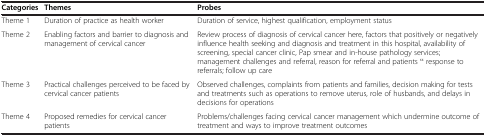
<table><thead><tr><td><b>Categories</b></td><td><b>Themes</b></td><td><b>Probes</b></td></tr></thead><tbody><tr><td>Theme 1</td><td>Duration of practice as health worker</td><td>Duration of service, highest qualification, employment status</td></tr><tr><td>Theme 2</td><td>Enabling factors and barrier to diagnosis and management of cervical cancer</td><td>Review process of diagnosis of cervical cancer here, factors that positively or negatively influence health seeking and diagnosis and treatment in this hospital, availability of screening, special cancer clinic, Pap smear and in-house pathology services; management challenges and referral, reason for referral and patients “ response to referrals; follow up care</td></tr><tr><td>Theme 3</td><td>Practical challenges perceived to be faced by cervical cancer patients</td><td>Observed challenges, complaints from patients and families, decision making for tests and treatments such as operations to remove uterus, role of husbands, and delays in decisions for operations</td></tr><tr><td>Theme 4</td><td>Proposed remedies for cervical cancer patients</td><td>Problems/challenges facing cervical cancer management which undermine outcome of treatment and ways to improve treatment outcomes</td></tr></tbody></table>